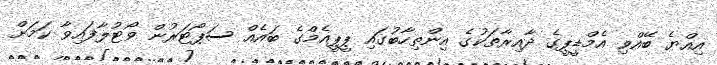
އިއްޔެ ބޭއްވި އެމްޑީޕީގެ ދާއިރާތަކުގެ އިންތިހާބުގައި ޕީޕީއެމްގެ ބައެއް ސަޕޯޓަރުން ވޯޓުލާފައިވާ ކަމަށް